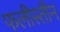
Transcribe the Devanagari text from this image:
फलीस्‍तीन